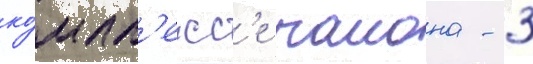
ко́мпл'екс'е раиона - 3